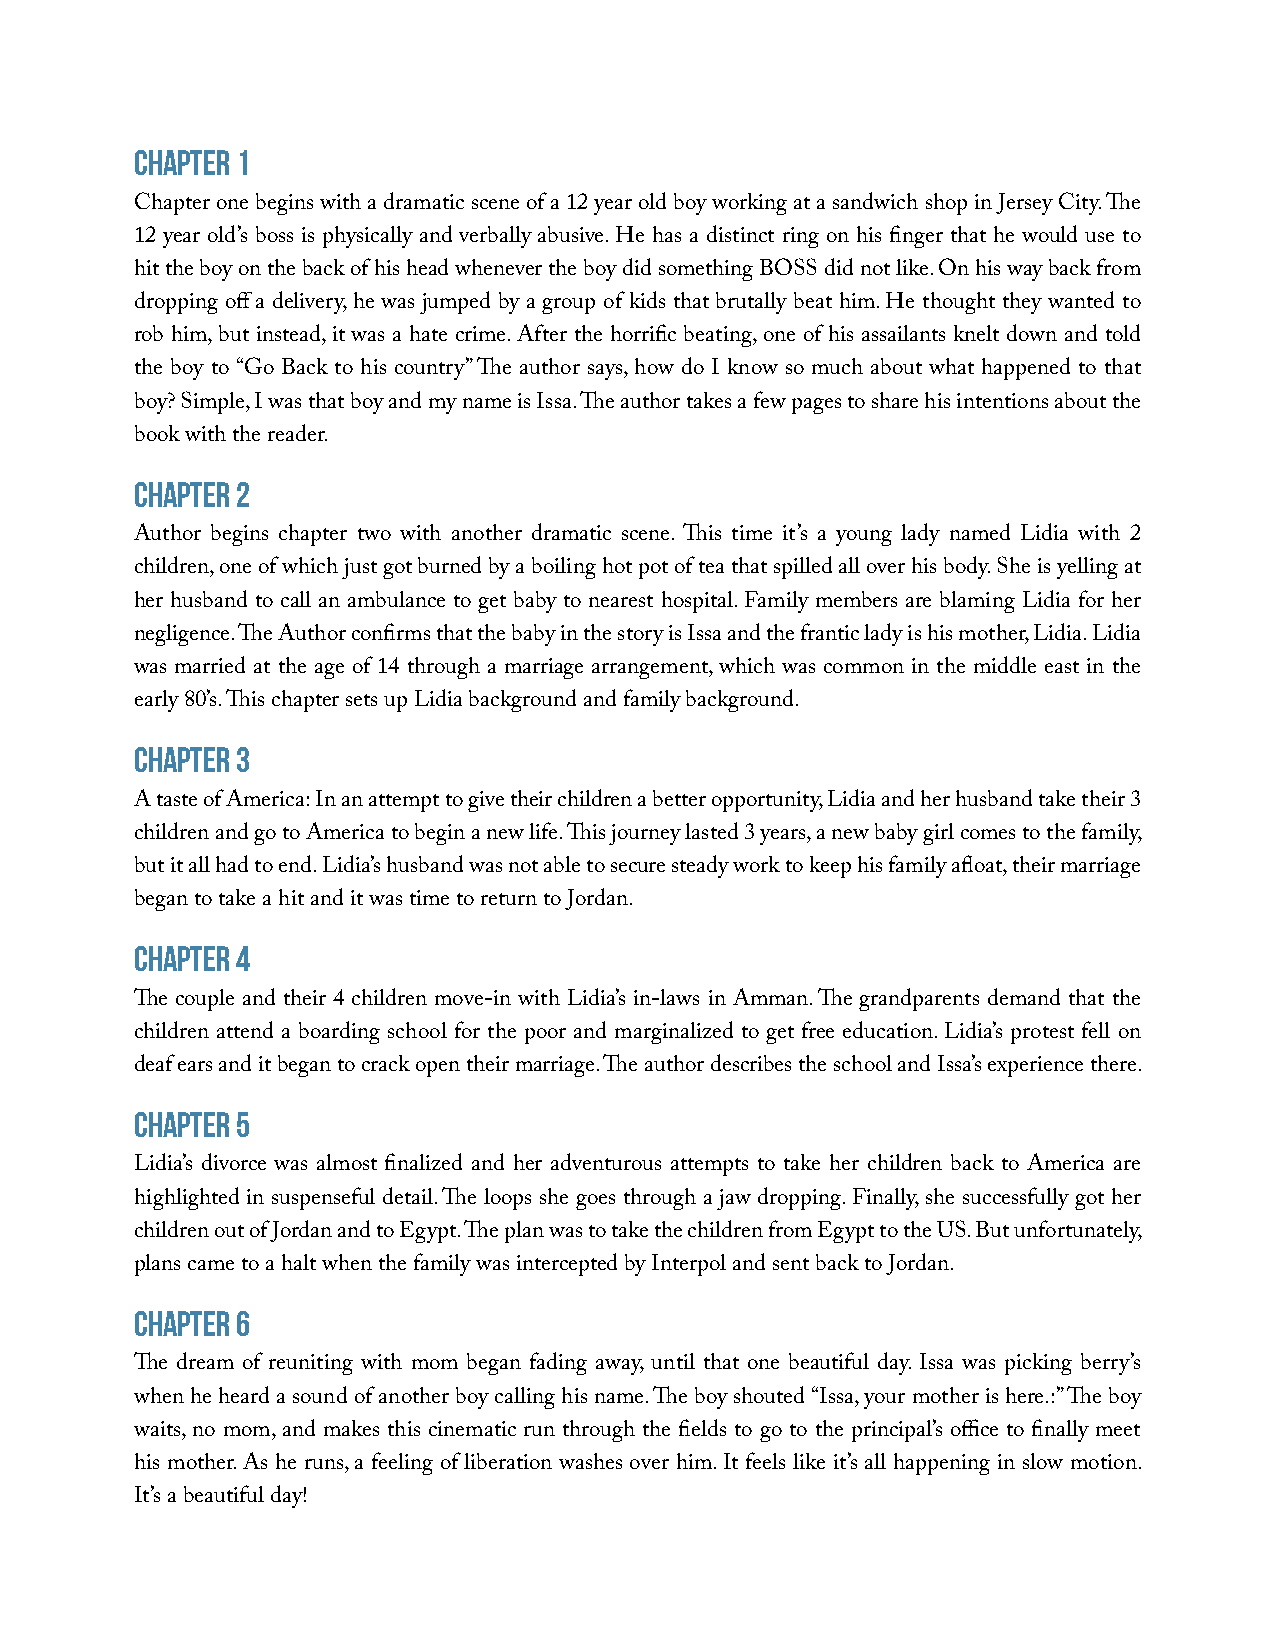
Chapter 1
 Chapter one begins with a dramatic scene of a 12 year old boy working at a sandwich shop in Jersey City. The
 12 year old’s boss is physically and verbally abusive. He has a distinct ring on his finger that he would use to
 hit the boy on the back of his head whenever the boy did something BOSS did not like. On his way back from
 dropping off a delivery, he was jumped by a group of kids that brutally beat him. He thought they wanted to
 rob him, but instead, it was a hate crime. After the horrific beating, one of his assailants knelt down and told
 the boy to “Go Back to his country” The author says, how do I know so much about what happened to that
 boy? Simple, I was that boy and my name is Issa. The author takes a few pages to share his intentions about the
 book with the reader.
 Chapter 2
 Author begins chapter two with another dramatic scene. This time it’s a young lady named Lidia with 2
 children, one of which just got burned by a boiling hot pot of tea that spilled all over his body. She is yelling at
 her husband to call an ambulance to get baby to nearest hospital. Family members are blaming Lidia for her
 negligence. The Author confirms that the baby in the story is Issa and the frantic lady is his mother, Lidia. Lidia
 was married at the age of 14 through a marriage arrangement, which was common in the middle east in the
 early 80’s. This chapter sets up Lidia background and family background.
 Chapter 3
 A taste of America: In an attempt to give their children a better opportunity, Lidia and her husband take their 3
 children and go to America to begin a new life. This journey lasted 3 years, a new baby girl comes to the family,
 but it all had to end. Lidia’s husband was not able to secure steady work to keep his family afloat, their marriage
 began to take a hit and it was time to return to Jordan.
 Chapter 4
 The couple and their 4 children move-in with Lidia’s in-laws in Amman. The grandparents demand that the
 children attend a boarding school for the poor and marginalized to get free education. Lidia’s protest fell on
 deaf ears and it began to crack open their marriage. The author describes the school and Issa’s experience there.
 Chapter 5
 Lidia’s divorce was almost finalized and her adventurous attempts to take her children back to America are
 highlighted in suspenseful detail. The loops she goes through a jaw dropping. Finally, she successfully got her
 children out of Jordan and to Egypt. The plan was to take the children from Egypt to the US. But unfortunately,
 plans came to a halt when the family was intercepted by Interpol and sent back to Jordan.
 Chapter 6
 The dream of reuniting with mom began fading away, until that one beautiful day. Issa was picking berry’s
 when he heard a sound of another boy calling his name. The boy shouted “Issa, your mother is here.:” The boy
 waits, no mom, and makes this cinematic run through the fields to go to the principal’s office to finally meet
 his mother. As he runs, a feeling of liberation washes over him. It feels like it’s all happening in slow motion.
 It’s a beautiful day!